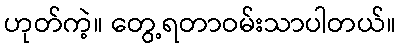
ဟုတ်ကဲ့။ တွေ့ရတာဝမ်းသာပါတယ်။